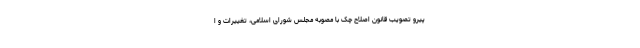
پیرو تصویب قانون اصلاح چک با مصوبه مجلس شورای اسلامی، تغییرات و ا